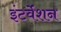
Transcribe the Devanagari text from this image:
इंटर्वेंशन